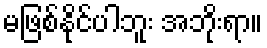
မဖြစ်နိုင်ပါဘူး အဘိုးရာ။